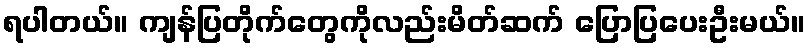
ရပါတယ်။ ကျန်ပြတိုက်တွေကိုလည်းမိတ်ဆက် ပြောပြပေးဦးမယ်။